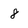
Character: 8